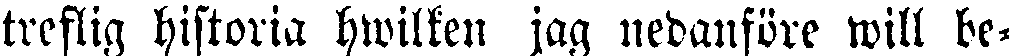
treflig historia hwilken jag nedanföre will be-